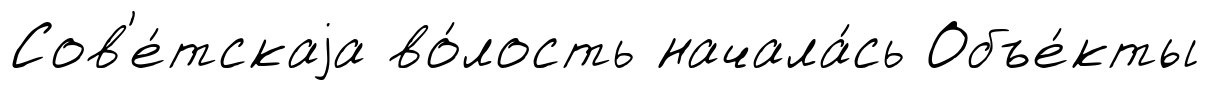
Сов'е́тскаjа во́лость начала́сь Объе́кты